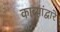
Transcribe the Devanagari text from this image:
काव्यांद्वारे